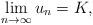
LaTeX: \begin{align*}\lim_{n\to\infty} u_n=K,\end{align*}